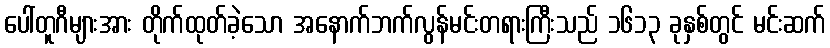
ပေါ်တူဂီများအား တိုက်ထုတ်ခဲ့သော အနောက်ဘက်လွန်မင်းတရားကြီးသည် ၁၆၁၃ ခုနှစ်တွင် မင်းဆက်